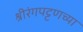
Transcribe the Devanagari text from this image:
श्रीरंगपट्टणच्या